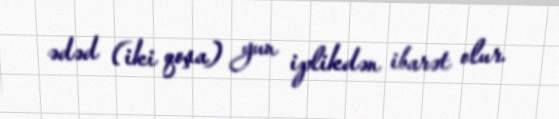
ədəd (iki qoşa) yun iplikdən ibarət olur.